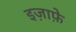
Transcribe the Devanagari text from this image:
इज़ाफ़े